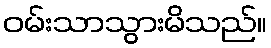
ဝမ်းသာသွားမိသည်။